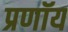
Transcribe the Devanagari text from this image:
प्रणॉय